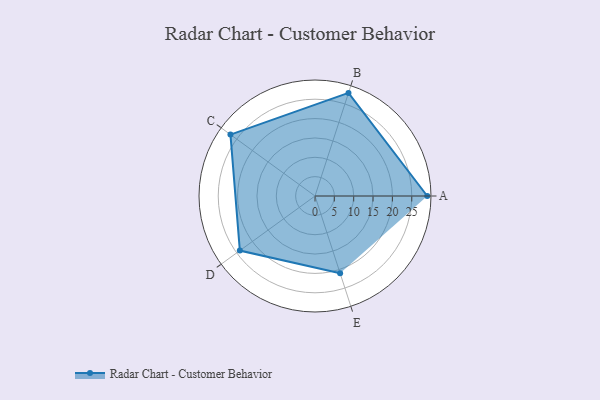
{"axis": {"x": "Skill", "y": "Score"}, "legend": ["Profile"], "data": [{"x": "A", "y": 29.0, "type": "Profile"}, {"x": "B", "y": 28.0, "type": "Profile"}, {"x": "C", "y": 27.0, "type": "Profile"}, {"x": "D", "y": 24.0, "type": "Profile"}, {"x": "E", "y": 21.0, "type": "Profile"}]}